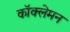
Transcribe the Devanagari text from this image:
कॉक्लेमन